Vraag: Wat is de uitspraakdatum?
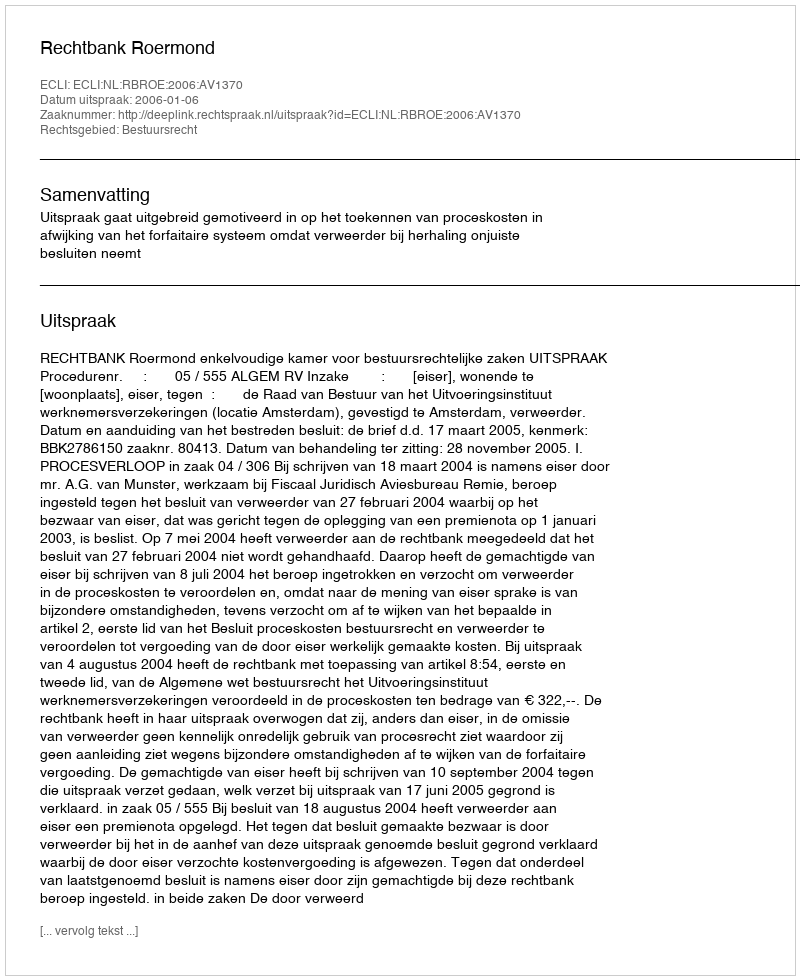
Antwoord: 2006-01-06